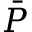
\bar { P }